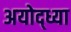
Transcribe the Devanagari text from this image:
अयोद्ध्या